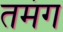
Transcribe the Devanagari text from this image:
तमंग